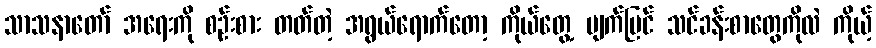
သာသနာတော် အရေးကို စဉ်းစား တတ်တဲ့ အရွယ်ရောက်တော့ ကိုယ်တွေ့ မျက်မြင် သင်ခန်းစာတွေကိုလဲ ကိုယ့်